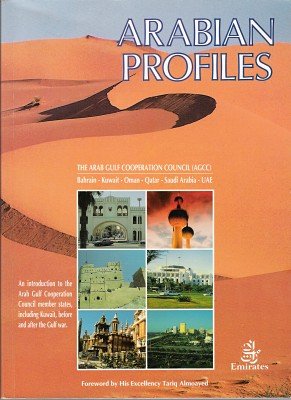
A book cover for Arabian Profiles: Arab Gulf Co-operation Council (AGCC), Bahrain-Kuwait-Oman-Qatar-Saudi Arabia-UAE (Arabian Heritage); Travel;